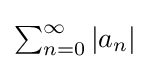
{\textstyle \sum _{n=0}^{\infty }|a_{n}|}